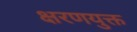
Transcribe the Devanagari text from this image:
क्षरणयुक्त